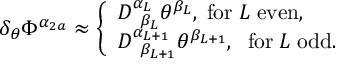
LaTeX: \delta _ { \theta } \Phi ^ { \alpha _ { 2 a } } \approx \left\{ \begin{array} { l } { { D _ { \; \; \beta _ { L } } ^ { \alpha _ { L } } \theta ^ { \beta _ { L } } , \; \mathrm { f o r } \; L \; \mathrm { e v e n } , } } \\ { { D _ { \; \; \beta _ { L + 1 } } ^ { \alpha _ { L + 1 } } \theta ^ { \beta _ { L + 1 } } , \; \; \mathrm { f o r } \; L \; \mathrm { o d d } . } } \end{array} \right.